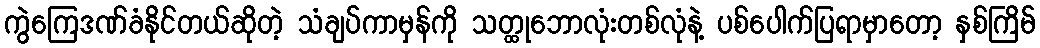
ကွဲကြေဒဏ်ခံနိုင်တယ်ဆိုတဲ့ သံချပ်ကာမှန်ကို သတ္ထုဘောလုံးတစ်လုံနဲ့ ပစ်ပေါက်ပြရာမှာတော့ နှစ်ကြိမ်